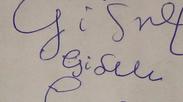
Signature authenticity: forged